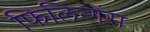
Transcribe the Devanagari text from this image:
फिलिन्गेंस